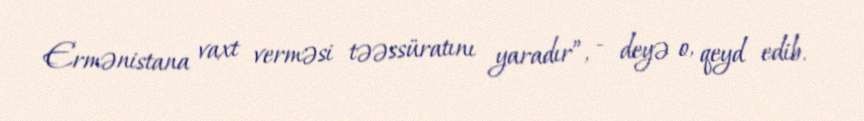
Ermənistana vaxt verməsi təəssüratını yaradır”, - deyə o, qeyd edib.